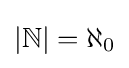
|\mathbb {N} |=\aleph _{0}